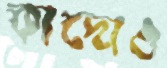
কাদোও